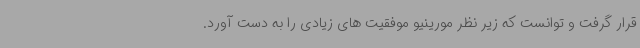
قرار گرفت و توانست که زیر نظر مورینیو موفقیت های زیادی را به دست آورد.